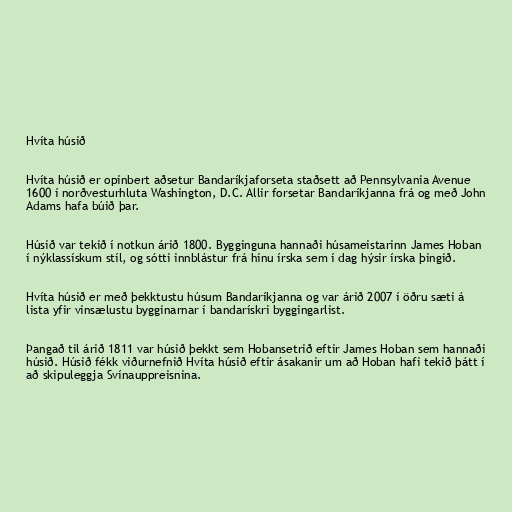
Hvíta húsið

Hvíta húsið er opinbert aðsetur Bandaríkjaforseta staðsett að Pennsylvania Avenue
1600 í norðvesturhluta Washington, D.C. Allir forsetar Bandaríkjanna frá og með John
Adams hafa búið þar.

Húsið var tekið í notkun árið 1800. Bygginguna hannaði húsameistarinn James Hoban
í nýklassískum stíl, og sótti innblástur frá hinu írska sem í dag hýsir írska þingið.

Hvíta húsið er með þekktustu húsum Bandaríkjanna og var árið 2007 í öðru sæti á
lista yfir vinsælustu bygginarnar í bandarískri byggingarlist.

Þangað til árið 1811 var húsið þekkt sem Hobansetrið eftir James Hoban sem hannaði
húsið. Húsið fékk viðurnefnið Hvíta húsið eftir ásakanir um að Hoban hafi tekið þátt í
að skipuleggja Svínauppreisnina.